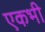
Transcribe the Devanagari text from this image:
एकभी